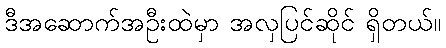
ဒီအဆောက်အဦးထဲမှာ အလှပြင်ဆိုင် ရှိတယ်။